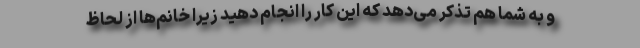
و به شما هم تذکر می‌دهد که این کار را انجام دهید زیرا خانم‌ها از لحاظ